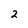
Character: 2